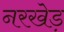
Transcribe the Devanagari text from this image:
नरखेड़